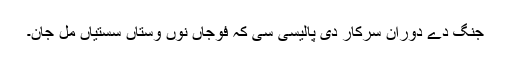
جنگ دے دوران سرکار دی پالیسی سی کہ فوجاں نوں وستاں سستیاں مل جان۔